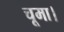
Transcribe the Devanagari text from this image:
चूमा।